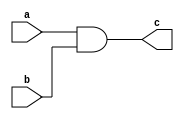
module one_a ( a,b,c);
input a;
input b;
output c;
assign c = a&b;
endmodule